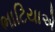
ભાટિયાએ